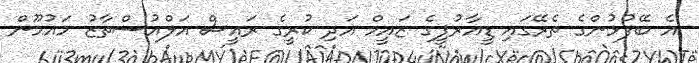
އެ ބޭފުޅުންގެ ތެރޭގައި ޑީއާރުޕީގެ ޒައީމް އަދި ކުރީގެ ރައީސް އަލްއުސްތާޒު މައުމޫން